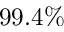
9 9 . 4 \%